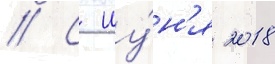
// С иу́н'я 2018